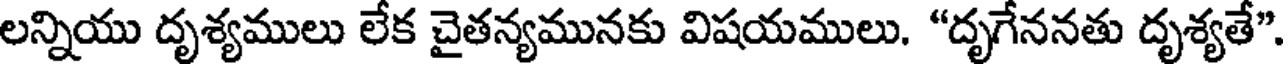
లన్నియు దృశ్యములు లేక చైతన్యమునకు విషయములు. "దృగేననతు దృశ్యతే"